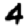
Digit: 4